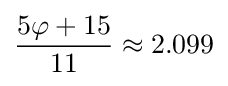
{\frac {5\varphi +15}{11}}\approx 2.099